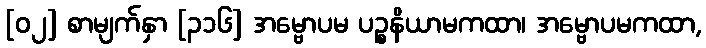
[၀၂] စာမျက်နှာ [၃၁၆] အမ္ဗောပမ ပဉ္စနိယာမကထာ၊ အမ္ဗောပမကထာ,